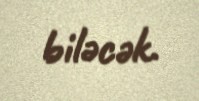
biləcək.